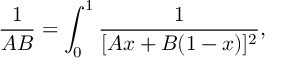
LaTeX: \frac { 1 } { A B } = \int _ { 0 } ^ { 1 } \frac { 1 } { [ A x + B ( 1 - x ) ] ^ { 2 } } ,